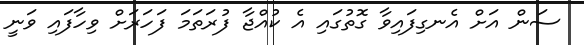
ސަން އަށް އެނގިފައިވާ ގޮތުގައި އެ ކުއްޖާ ފުރަތަމަ ފަހަރަށް ވިހާފައި ވަނީ